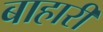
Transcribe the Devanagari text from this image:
बाहारी